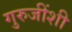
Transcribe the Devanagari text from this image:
गुरुजींशी